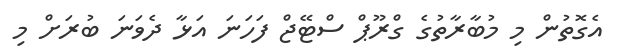
އެގޮތުން މި މުބާރާތުގެ ގްރޫޕް ސްޓޭޖް ފަހަނަ އަޅާ ދެވަނަ ބުރަށް މި